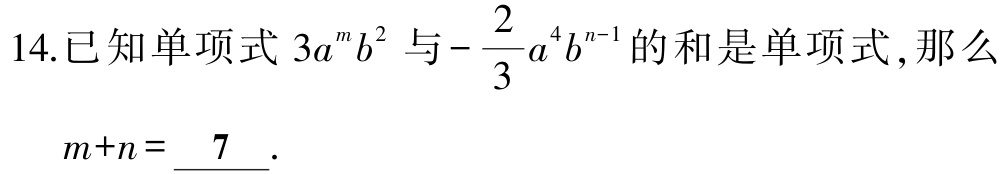
14.已知单项式\(3a^{m}b^{2}\)与\(-\dfrac{2}{3}a^{4}b^{n - 1}\)的和是单项式,那么

\(m + n=\underline{7}\).